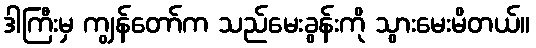
ဒါကြီးမှ ကျွန်တော်က သည်မေးခွန်းကို သွားမေးမိတယ်။